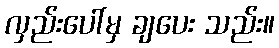
လှည်းပေါ်မှ ချပေး သည်း။